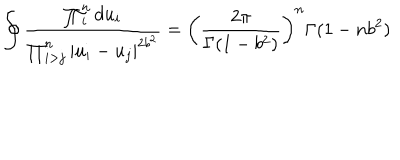
\oint \frac { \prod _ { i } ^ { n } d u _ { i } } { \prod _ { i > j } ^ { n } \left| u _ { i } - u _ { j } \right| ^ { 2 b ^ { 2 } } } = \left( \frac { 2 \pi } { \Gamma ( 1 - b ^ { 2 } ) } \right) ^ { n } \Gamma ( 1 - n b ^ { 2 } )